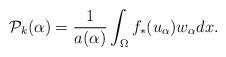
LaTeX: \begin{align*}\mathcal{P}_{k}(\alpha)=\frac{1}{a(\alpha)}\int_{\Omega}f_{\ast}(u_{\alpha})w_{\alpha} dx.\end{align*}